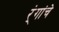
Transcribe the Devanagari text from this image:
र्ंगांचे